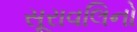
સૂરાવલિનો